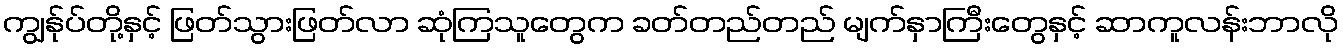
ကျွန်ုပ်တို့နှင့် ဖြတ်သွားဖြတ်လာ ဆုံကြသူတွေက ခတ်တည်တည် မျက်နှာကြီးတွေနှင့် ဆာကူလန်းဘာလို